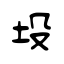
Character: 坄